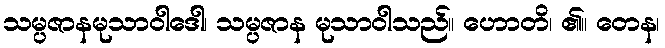
သမ္ပဇာနမုသာဝါဒေါ၊ သမ္ပဇာန မုသာဝါသည်။ ဟောတိ၊ ၏။ တေန၊